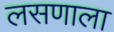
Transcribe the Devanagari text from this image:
लसणाला